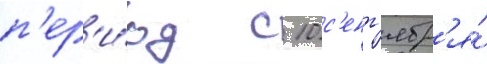
п'ер'и́од с 10 с'ент'ябр'я́